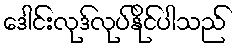
ဒေါင်းလုဒ်လုပ်နိုင်ပါသည်